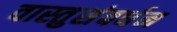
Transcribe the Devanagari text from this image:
वास्तुसंवर्धन